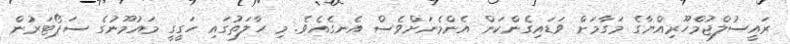
ރައީސުލްޖުމްހޫރިއްޔާގެ މަގާމަށް ވަޑައިގެންކަން އެންމެނަށްވެސް އެނގެއެވެ. މި ހާލަތުގައި ހަގީގީ މައުމޫނުގެ ސަޕޯޓަރުން